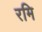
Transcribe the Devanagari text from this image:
रमि